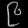
Digit: ၉